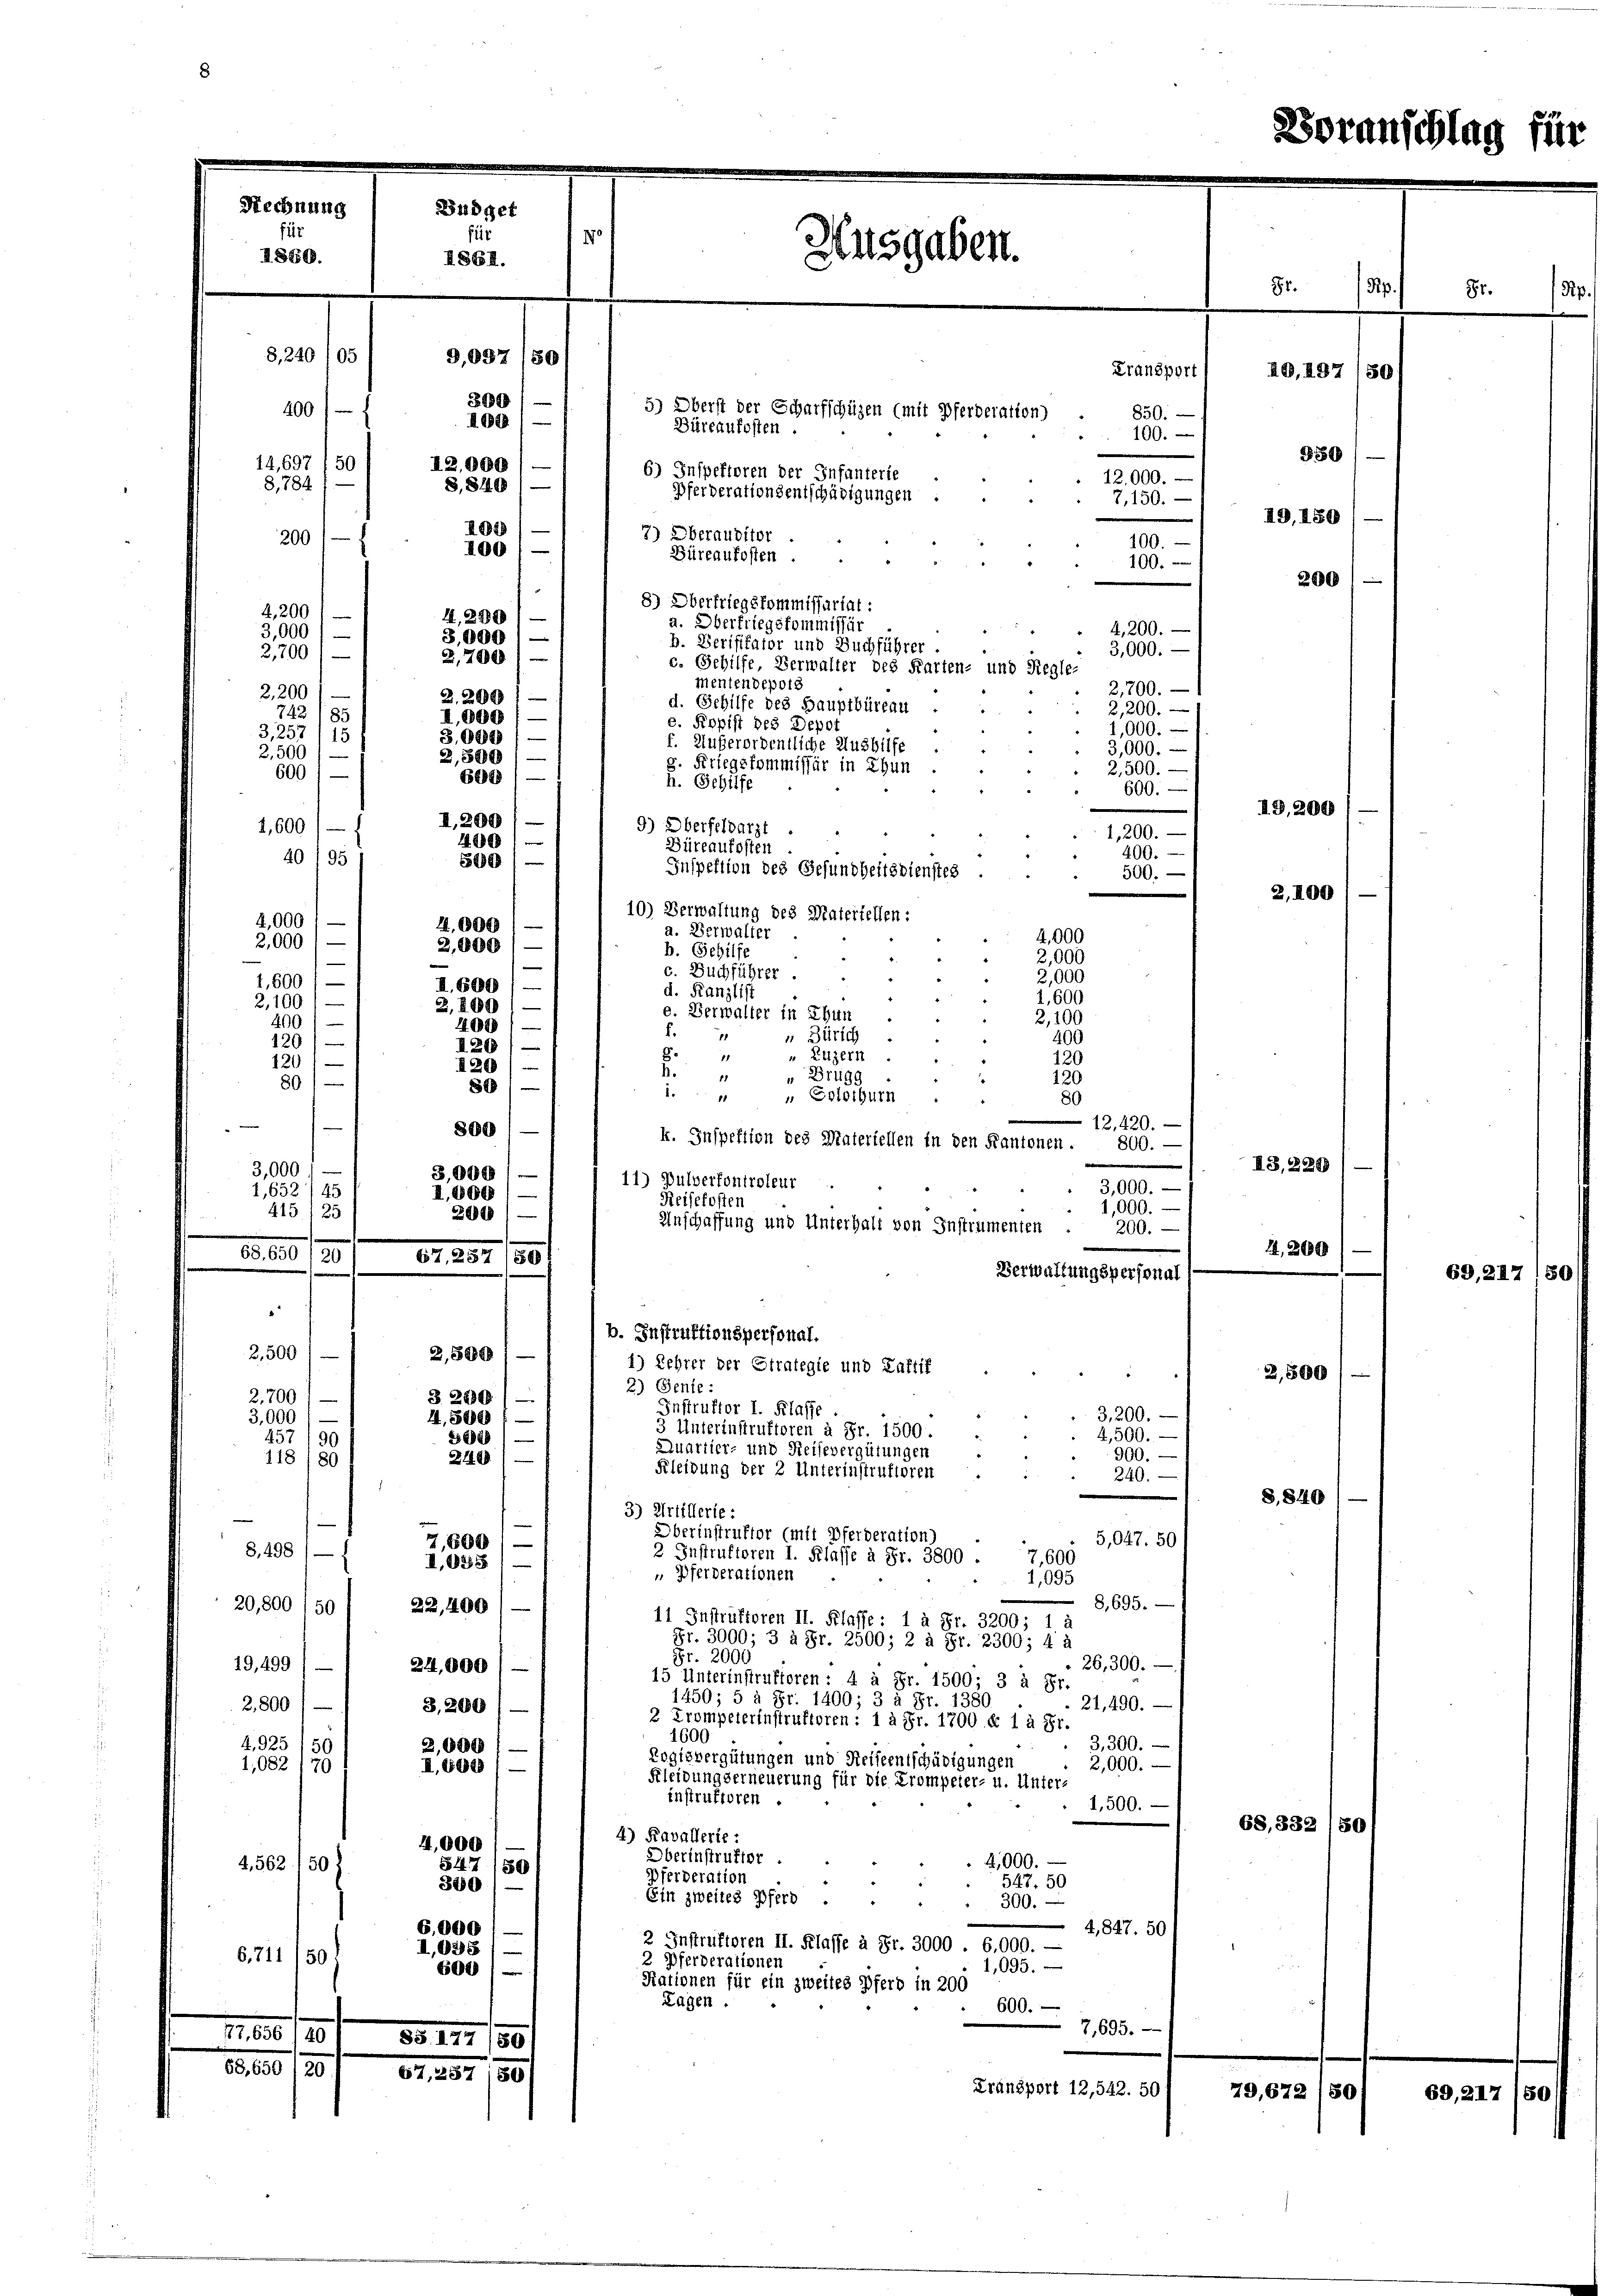
Rechnung
Büdget
fi
Allsgaben.
1860.
I861.
8,240 105
9,037 (80
Fransport

200
5) Oberst der Scharfschüzen (mit Pferderation)
10
Büreaufosten.
12,000
6) Inspektoren der Infanterie
S.840/
Pferderationsentschädigungen
2043
7) Oberaubitor
100.
1091—
Büreaufosten
100.
.
8) Oberfriegskommissariat :
4, 290)
a. Oberfriegskommissär
4,200. —
3,000 1
b. Verifikator und Buchführer.
3,000.
2,700
c. Gehilfe, Verwalter des Karten- und Regle-
mentendepoig
2,700. —
2.2001
d. Gehilfe des Hauptbüreau
2,200.
I.000
e. Kopist des Depos
1,000.
3.000 / —
f. Außerordentliche Ausbilfe
3,000.
2,500
2,500
g. Kriegskommissär in Chun
2,500.
600) —
600) —
h. Gehilfe
600.
II.200
9) Oberfeldarzt
1,200.
400 l
Büreaufosten
400.
499
Inspektion des Gesundheitsdienstes
500.-
10) Verwaltung des Matertellen:
4,000
a. Verwalter
2,000
b. Gehilfe
e
e
c. Buchführer.
006
II.600 / —
d. Kanzlist
600
2,2001
e. Verwalter in Thun
2,16
400
f
u Zürich
400
120)
120
8. 11
Luzern
120
120)
h. " " Brugg
120
89
1. " " Solothurn
80
12,420.
800
k. Inspektion des Materiellen in den Kantonen. 800. —
3,000
11) Pulverfontroleur
3,000.
I,600)
Reisekosten
1,000.
200
Anschaffung und Unterhalt von Instrumenten
200.
68. 650, 20
67, 287 189
Verwaltungspersonal
.
b. Instruktionspersonal.
3,500
2,500
1) Lehrer der Strafegie und Kaffif
2) Genie:
2,700,
§ 2899/
Instruktor I. Klasse
3,200.
3,000
1,500
e
3 Unterinstruktoren à Fr. 1500.
4,500.
8828)
457 (90
Quartier- und Reisevergütungen
900.
2120)
118/80
Kleidung der 2 Unterinstruktoren
240.
3) Artillerie:
Oberinstruktor (mit Pferderation)
5,047. 50
7,600)
S.498/
2 Instruktoren I. Klasse à Fr. 3800 .
7,600
I,25581
 Pferderationen
1,095
8, 695.
20,800 (50
22,400
11 Instruktoren II. Klasse: 1 à Fr. 3200; 1 à
Fr. 3000; 3 à Fr. 2500; 2 à Fr. 2300; 4 à
Fr. 2000
19,499
26,300.
24,000
15 Unterinstruktoren : 4 à Fr. 1500; 3 à Fr.
1450; 5 à Fr. 1400; 3 à Fr. 1380.
21,490.
2800 / — 1 3,200
2 Trompeterinstruktoren: 1 à Fr. 1700 f 1 à Fr.
1600
4. 925
3,300.
50
3,000
Rogisvergütungen und Reiseentschädigungen
2,000.
1,082 (70
I,600
Kleidungserneuerung für die Trompeter- u. Unter-
instruktoren
1,500.
68, 332 18
4) Kavallerie:
4,000
Oberinstruktor
4,000.
4,562 (502
547 (80
Pferderation
547. 50
300
Ein zweites Pferd .
300.
6,000
4,847. 50
2 Instruktoren II. Klasse à Fr. 3000 . 6,000. —
I,035
6,711
50:
2 Pferderationen
1,095.
600)
Rationen für ein zweites Pferd in 200
Lagen.
600.
7,695.
777, 656 /401 §§ 127 (80
68,650 (20. 67, 237 (80)
Transport 12,542. 50
79,672)

400)
14,697/50
8,784
200) —
4,200
3,000
2,2001
2,200
742 185
3,257) 15

1,600/
40/95
4,000
2,000) —
1,600 / —

2,100)
401

120)
80/
3,000
I,652/45
415/25

850.
100.
12,000.
7,150.

s

8 Rp.

350
19.10
200

ID,200
2,400

IB,2299
1,200

2,500

S. 840

Voranschlag für

AG,237/801

Pr.

69, 217

s